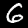
Digit: 6